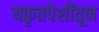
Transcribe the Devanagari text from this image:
यकृतपेशींतून